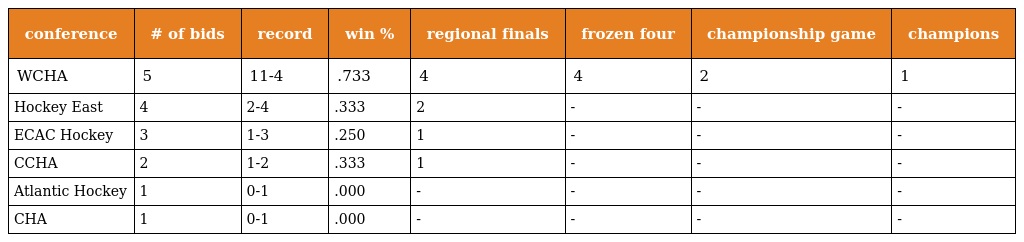
| conference | # of bids | record | win % | regional finals | frozen four | championship game | champions |
 | --- | --- | --- | --- | --- | --- | --- | --- |
 | WCHA | 5 | 11-4 | .733 | 4 | 4 | 2 | 1 |
 | Hockey East | 4 | 2-4 | .333 | 2 | - | - | - |
 | ECAC Hockey | 3 | 1-3 | .250 | 1 | - | - | - |
 | CCHA | 2 | 1-2 | .333 | 1 | - | - | - |
 | Atlantic Hockey | 1 | 0-1 | .000 | - | - | - | - |
 | CHA | 1 | 0-1 | .000 | - | - | - | - |